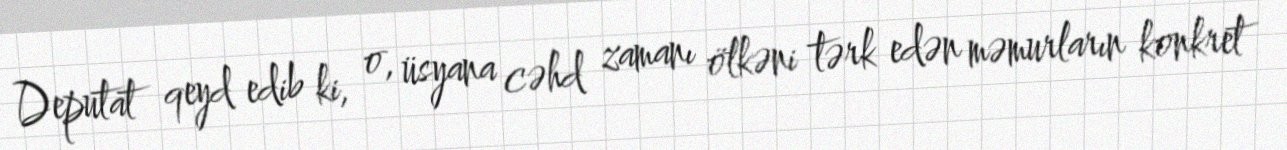
Deputat qeyd edib ki, o, üsyana cəhd zamanı ölkəni tərk edən məmurların konkret